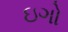
ઇગો